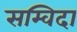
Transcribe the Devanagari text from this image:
सम्विदा